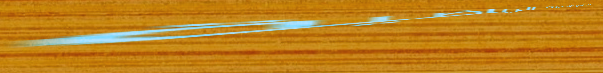
محل لبيع الأحذية الرياضية